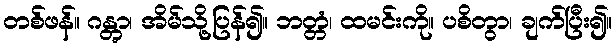
တစ်ဖန်။ ဂန္တွာ၊ အိမ်သို့ပြန်၍။ ဘတ္တံ၊ ထမင်းကို။ ပစိတွာ၊ ချက်ပြီး၍။